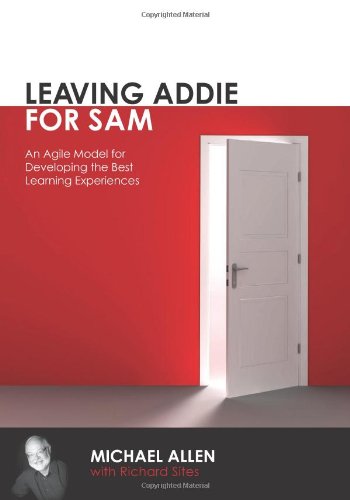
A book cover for Leaving Addie for Sam: An Agile Model for Developing the Best Learning Experiences; Michael W. Allen; Business & Money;